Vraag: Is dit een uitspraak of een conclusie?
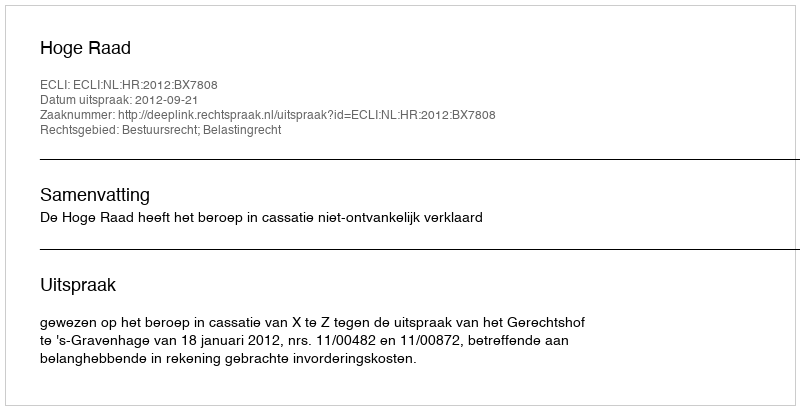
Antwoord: Uitspraak